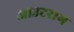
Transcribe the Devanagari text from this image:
आउटराम